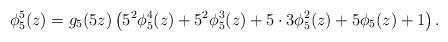
LaTeX: \begin{align*} \phi_5^5(z)=g_5(5z)\left(5^2\phi_5^4(z)+5^2\phi_5^3(z)+5\cdot 3\phi_5^2(z)+5\phi_5(z)+1\right). \end{align*}